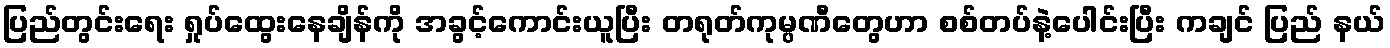
ပြည်တွင်းရေး ရှုပ်ထွေးနေချိန်ကို အခွင့်ကောင်းယူပြီး တရုတ်ကုမ္ပဏီတွေဟာ စစ်တပ်နဲ့ပေါင်းပြီး ကချင် ပြည် နယ်